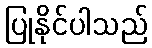
ပြုနိုင်ပါသည်